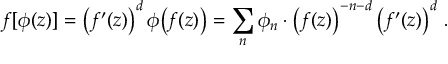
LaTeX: f [ \phi ( z ) ] = \left( f ^ { \prime } ( z ) \right) ^ { d } \phi \bigl ( f ( z ) \bigr ) = \sum _ { n } \phi _ { n } \cdot \left( f ( z ) \right) ^ { - n - d } \left( f ^ { \prime } ( z ) \right) ^ { d } \, .